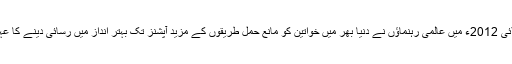
بل اینڈ میلنڈا گیٹس فاؤنڈیشن کی شریک-چیئر میلنڈا گیٹس نے کہا کہ “جولائی 2012ء میں عالمی رہنماؤں نے دنیا بھر میں خواتین کو مانع حمل طریقوں کے مزید آپشنز تک بہتر انداز میں رسائی دینے کا عہد کیا، اور آج ہم اس عہد کی تکمیل کی جانب ایک قدم مزید آگے آ گئےہیں۔